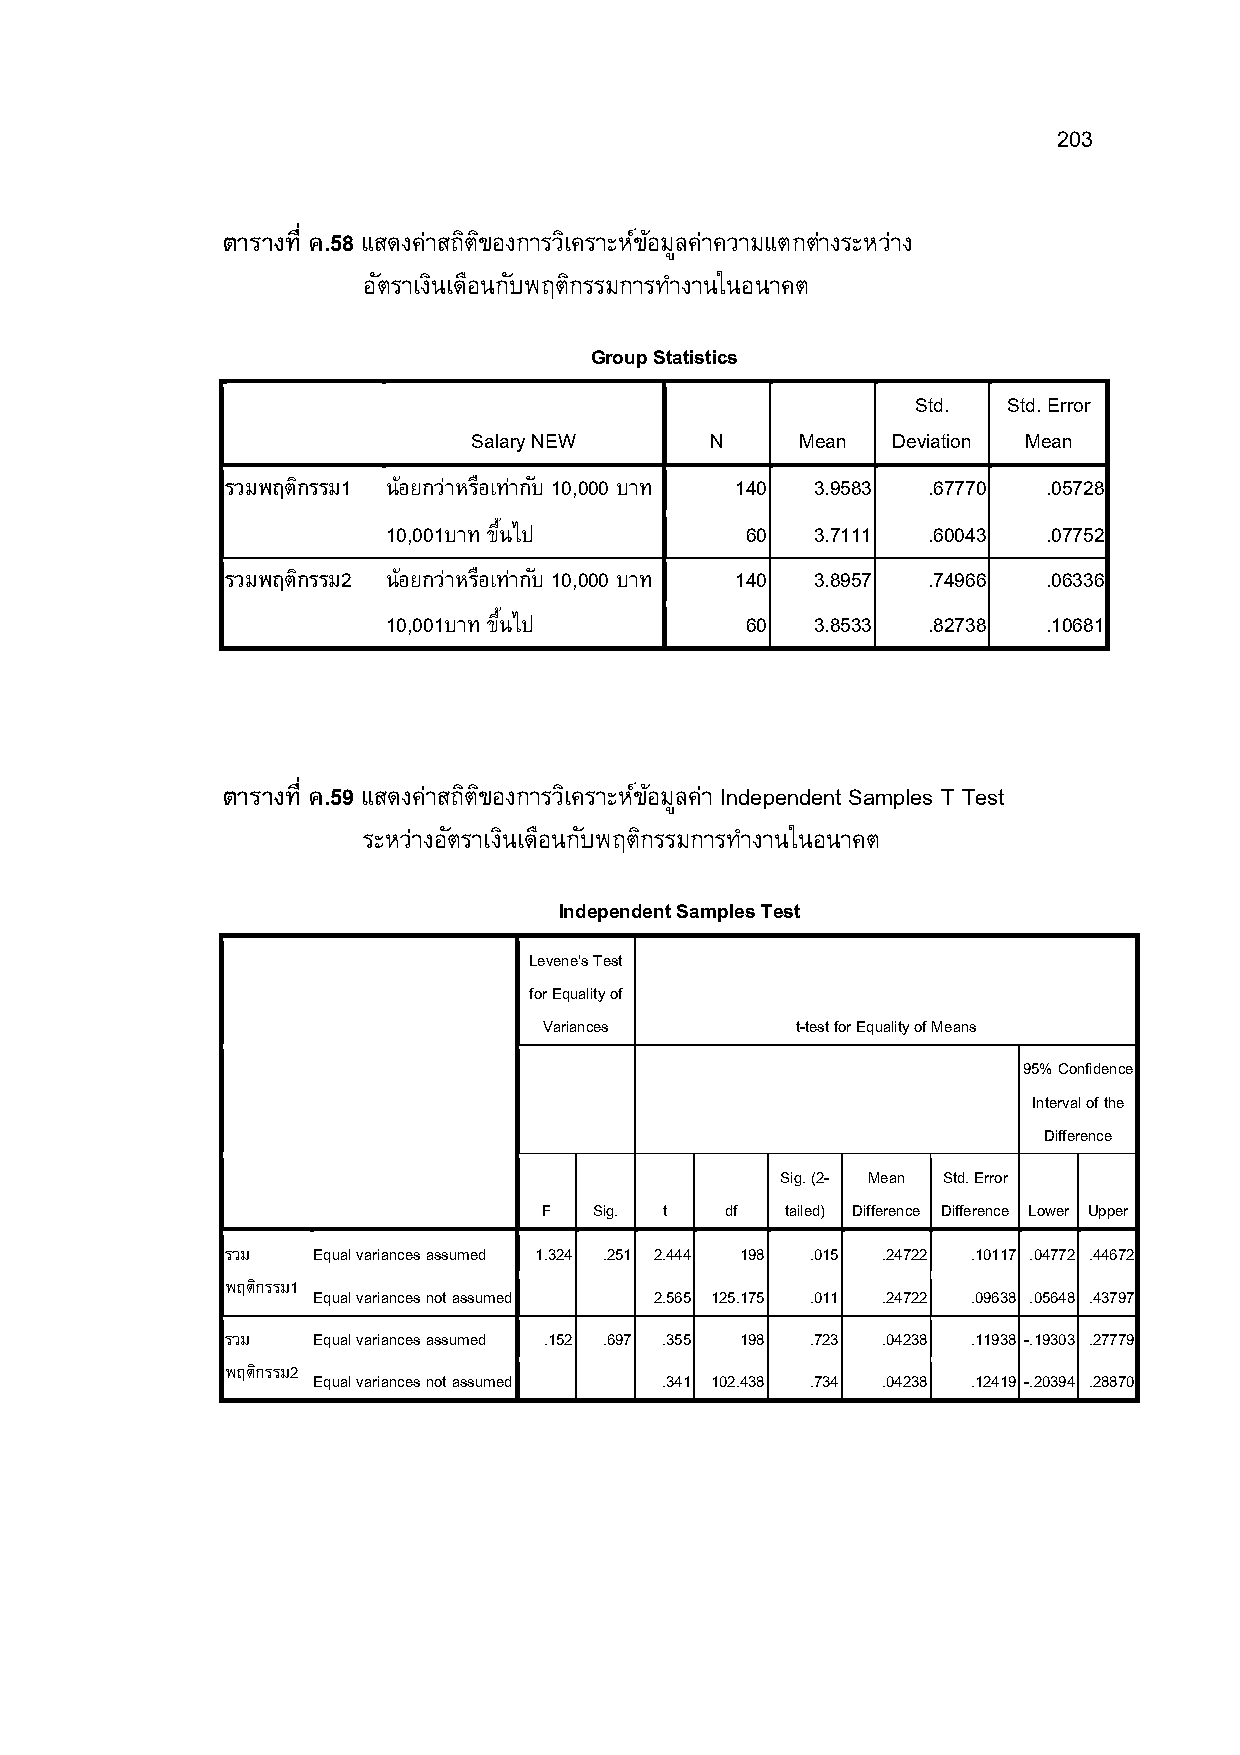
203
 ตารางที ค.58 แสดงค่าสถติ ขิ องการวเิ คราะหข์ อ้ มลู ค่าความแตกต่างระหว่าง
 อตั ราเงนิ เดอื นกบั พฤตกิ รรมการทํางานในอนาคต
 Group Statistics
 Std.  Std. Error
 Salary NEW      N     Mean  Deviation Mean
 รวมพฤตกิ รรม1 น้อยกว่าหรอื เท่ากบั 10,000 บาท 140 3.9583 .67770 .05728
 10,001บาท ขนAึ ไป      60   3.7111 .60043  .07752
 รวมพฤตกิ รรม2 น้อยกว่าหรอื เท่ากบั 10,000 บาท 140 3.8957 .74966 .06336
 10,001บาท ขนAึ ไป      60   3.8533 .82738  .10681
 ตารางที ค.59 แสดงค่าสถติ ขิ องการวเิ คราะหข์ อ้ มลู ค่า Independent Samples T Test
 ระหว่างอตั ราเงนิ เดอื นกบั พฤตกิ รรมการทํางานในอนาคต
 Independent Samples Test
 Levene's Test
 for Equality of
 Variances        t-test for Equality of Means
 95% Confidence
 Interval of the
 Difference
 Sig. (2- Mean Std. Error
 F  Sig. t   df  tailed) Difference Difference Lower Upper
 รวม   Equal variances assumed 1.324 .251 2.444 198 .015 .24722 .10117 .04772 .44672
 พฤตกิ รรม1
 Equal variances not assumed 2.565 125.175 .011 .24722 .09638 .05648 .43797
 รวม   Equal variances assumed .152 .697 .355 198 .723 .04238 .11938 -.19303 .27779
 พฤตกิ รรม2
 Equal variances not assumed .341 102.438 .734 .04238 .12419 -.20394 .28870